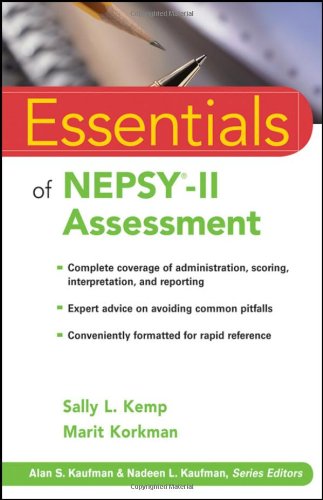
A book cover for Essentials of NEPSY-II Assessment; Sally L. Kemp; Medical Books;